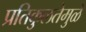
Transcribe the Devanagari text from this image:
प्रतिकुलतेमुळे